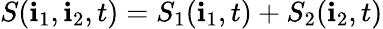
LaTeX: S(\mathbf{i}_{1},\mathbf{i}_{2},t)=S_{1}(\mathbf{i}_{1},t)+S_{2}(\mathbf{i}_{2},t)